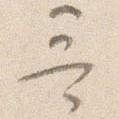
哥